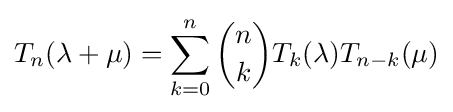
T_{n}(\lambda +\mu )=\sum _{k=0}^{n}{n \choose k}T_{k}(\lambda )T_{n-k}(\mu )